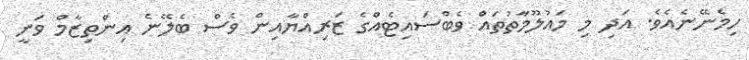
ހިމެނޭނެއެވެ. އަދި މި މައުލޫމާތުތައް ވެބްސައިޓެއްގެ ޒަރިއްޔާއިން ވެސް ބެލޭނެ އިންތިޒާމް ވަނީ